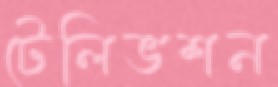
টেলিভশন